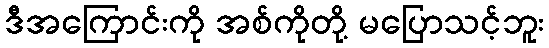
ဒီအကြောင်းကို အစ်ကိုတို့ မပြောသင့်ဘူး